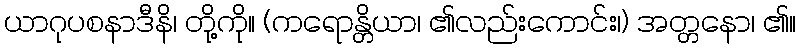
ယာဂုပစနာဒီနိ၊ တို့ကို။ (ကရောန္တိယာ၊ ၏လည်းကောင်း၊) အတ္တနော၊ ၏။